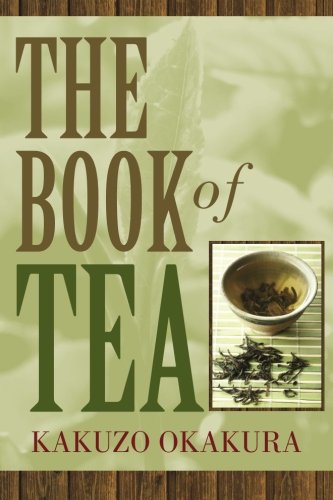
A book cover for The Book of Tea; Kakuzo Okakura; Cookbooks, Food & Wine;